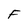
Character: F